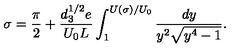
\sigma = { \frac { \pi } { 2 } } + \frac { d _ { 3 } ^ { 1 / 2 } e } { U _ { 0 } L } \int _ { 1 } ^ { U ( \sigma ) / U _ { 0 } } \frac { d y } { y ^ { 2 } \sqrt { y ^ { 4 } - 1 } } .